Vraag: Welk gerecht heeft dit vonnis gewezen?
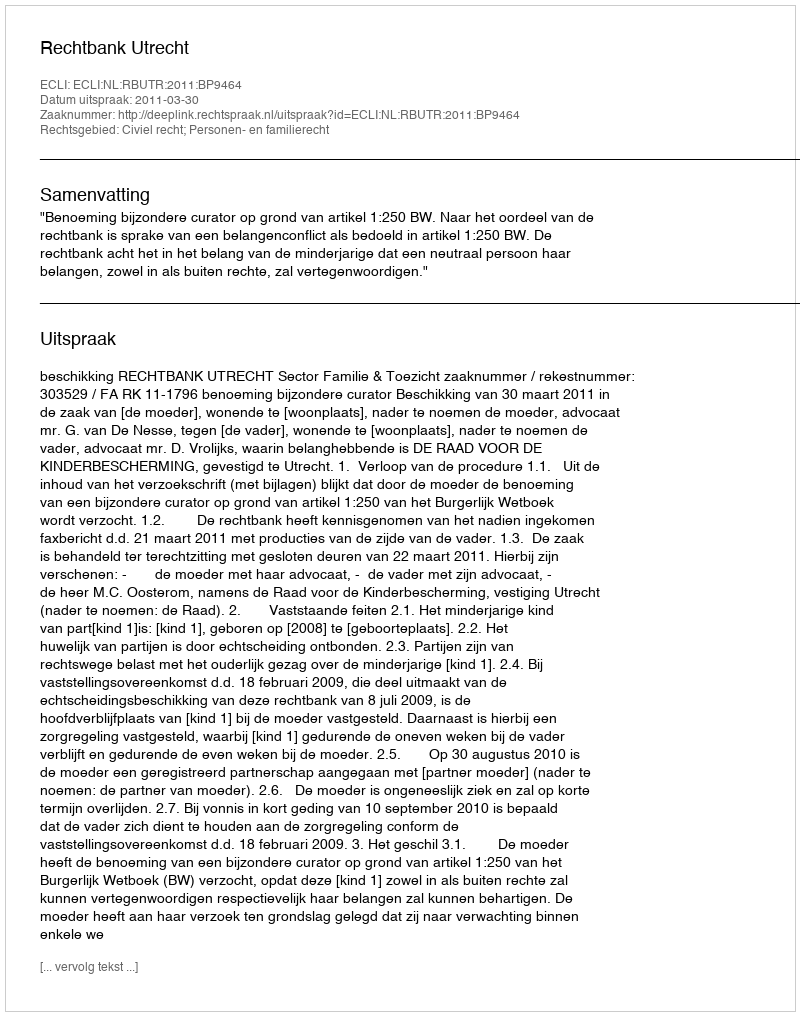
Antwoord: Rechtbank Utrecht